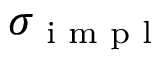
\sigma _ { \textrm { i m p l } }